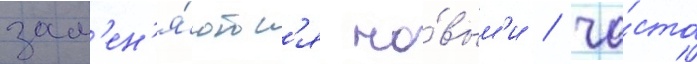
зам'ен'я́ютс'я но́вым'и / ча́сто